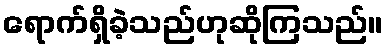
ရောက်ရှိခဲ့သည်ဟုဆိုကြသည်။